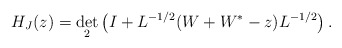
\begin{align*}H_{J}(z)=\det_{2}\left(I+L^{-1/2}(W+W^{*}-z)L^{-1/2}\right).\end{align*}